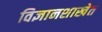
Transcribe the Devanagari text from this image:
विज्ञानशाखेत